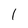
Character: 1